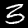
Label: 3